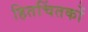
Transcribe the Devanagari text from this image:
हितचिंतकों